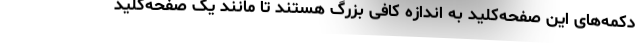
دکمه‌های این صفحه‌کلید به اندازه کافی بزرگ هستند تا مانند یک صفحه‌کلید